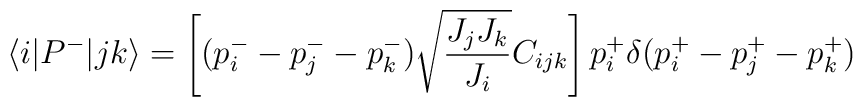
\langle i| P^- | jk \rangle= \left[ (p_i^- - p_j^--p_k^-)\sqrt{\frac{J_j J_k}{J_i}}C_{ijk} \right]p_i^+\delta(p_i^+ - p_j^+ - p^+_k)